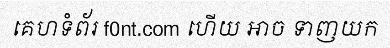
គេហទំព័រ f0nt.com ហើយ អាច ទាញយក